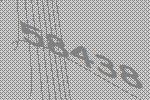
58438